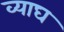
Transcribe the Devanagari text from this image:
व्याघ